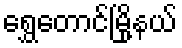
ရွှေတောင်မြို့နယ်